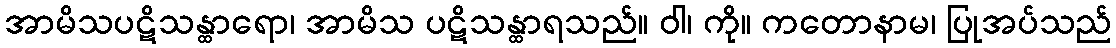
အာမိသပဋိသန္ထာရော၊ အာမိသ ပဋိသန္ထာရသည်။ ဝါ၊ ကို။ ကတောနာမ၊ ပြုအပ်သည်